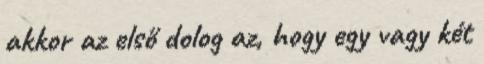
akkor az első dolog az, hogy egy vagy két